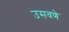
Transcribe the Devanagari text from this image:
उसवणे